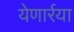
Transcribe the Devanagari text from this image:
येणार्रया